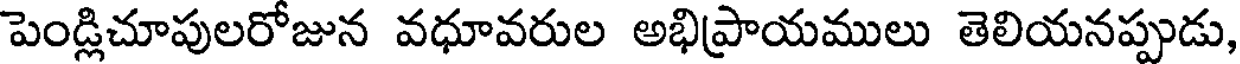
పెండ్లిచూపులరోజున వధూవరుల అభిప్రాయములు తెలియనప్పుడు,